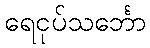
ရေငုပ်သင်္ဘော